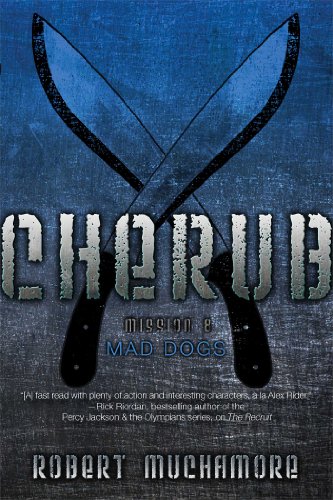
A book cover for Mad Dogs (CHERUB); Robert Muchamore; Teen & Young Adult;